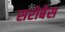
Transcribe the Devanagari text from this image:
सरोबेस